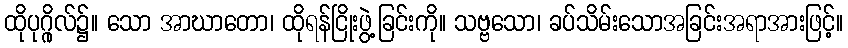
ထိုပုဂ္ဂိုလ်၌။ သော အာဃာတော၊ ထိုရန်ငြိုးဖွဲ့ခြင်းကို။ သဗ္ဗသော၊ ခပ်သိမ်းသောအခြင်းအရာအားဖြင့်။